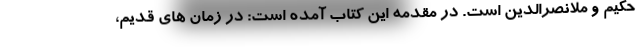
حکیم و ملانصرالدین است. در مقدمه این کتاب آمده است: در زمان های قدیم،